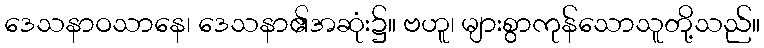
ဒေသနာဝသာနေ၊ ဒေသနာ၏အဆုံး၌။ ဗဟူ၊ များစွာကုန်သောသူတို့သည်။